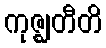
ကုဇ္ဈတီတိ